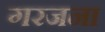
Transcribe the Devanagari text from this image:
गरजना